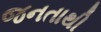
જનતાથી